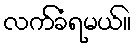
လက်ခံရမယ်။